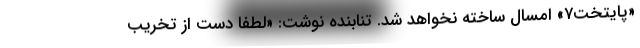
«پایتخت۷» امسال ساخته نخواهد شد. تنابنده نوشت: «لطفا دست از تخريب